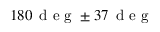
1 8 0 \, \textrm { d e g } \pm 3 7 \, \textrm { d e g }